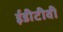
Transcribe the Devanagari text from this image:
ईडीटीवी